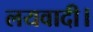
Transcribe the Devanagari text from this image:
लयवादी।